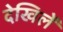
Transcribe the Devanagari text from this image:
देखिलें